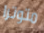
متوترا